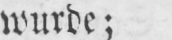
wurde;